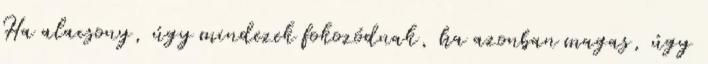
Ha alacsony, úgy mindezek fokozódnak, ha azonban magas, úgy